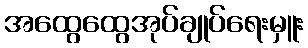
အထွေထွေအုပ်ချုပ်ရေးမှူး